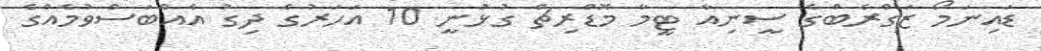
ޑައިނަމޯ ޒަގްރެބްގެ ސީނިއާ ޓީމާ މޮޑްރިޗް ގުޅުނީ 10 އަހަރުގެ ދިގު އެއްބަސްވުމެއްގެ